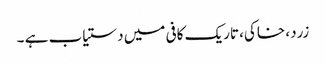
زرد، خاکی، تاریک کافی میں دستیاب ہے ۔